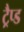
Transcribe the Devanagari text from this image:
ट्रैप्ड